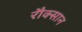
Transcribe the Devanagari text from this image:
रौक्सान